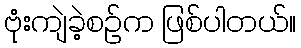
ဗုံးကျဲခဲ့စဉ်က ဖြစ်ပါတယ်။